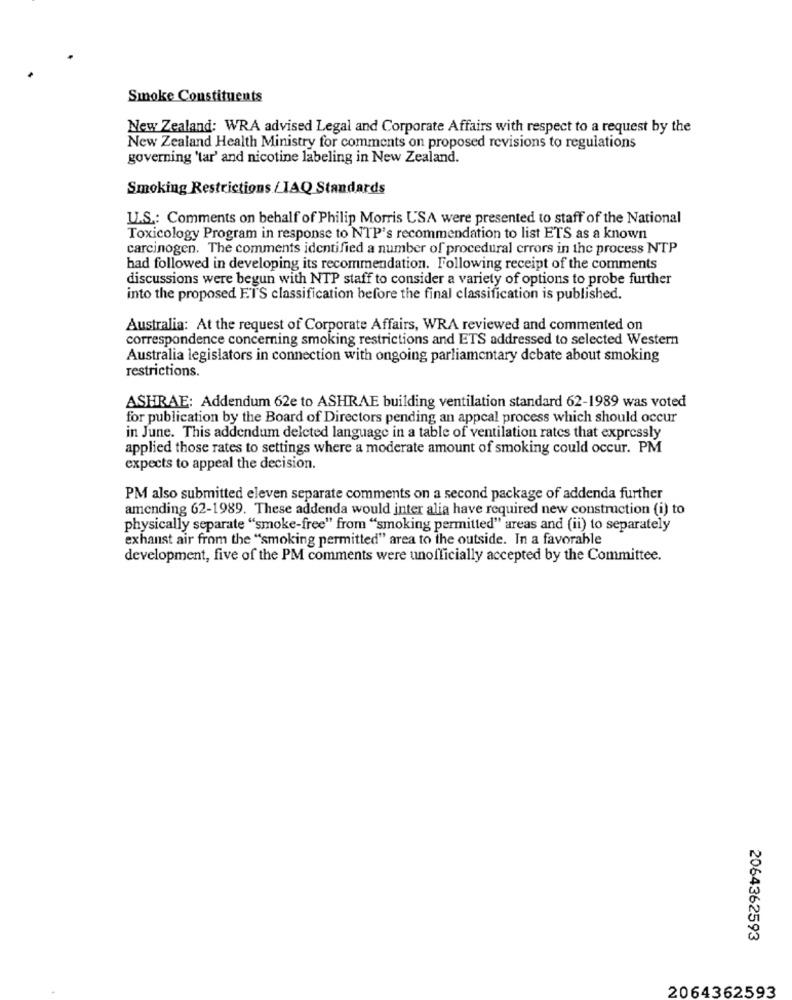
Smoke Constituents
New Zealand: WRA advised Legal and Corporate Affairs with respect to a request by the
New Zealand Health Ministry for comments on proposed revisions to regulations
governing 'tar' and nicotine labeling in New Zealand.
Smoking Restrictions /IAQ Standards
IL.S .: Comments on behalf of Philip Morris USA were presented to staff of the National
Toxicology Program in response to NTP's recommendation to list ETS as a known
carcinogen. The comments identified a number of procedural errors in the process NTP
had followed in developing its recommendation. Following receipt of the comments
discussions were begun with NTP staff to consider a variety of options to probe further
into the proposed ETS classification before the final classification is published.
Australia: At the request of Corporate Affairs, WRA reviewed and commented on
correspondence concerning smoking restrictions and ETS addressed to selected Western
Australia legislators in connection with ongoing parliamentary debate about smoking
restrictions.
ASHRAE: Addendum 62e to ASHRAE building ventilation standard 62-1989 was voted
for publication by the Board of Directors pending an appcal process which should occur
in June. This addendum deleted language in a table of ventilation rates that expressly
applied those rates to settings where a moderate amount of smoking could occur. PM
expects to appeal the decision.
PM also submitted eleven separate comments on a second package of addenda further
amending 62-1989. These addenda would inter alia have required new construction (i) to
physically separate "smoke-free" from "smoking permitted" areas and (ii) to separately
exhaust air from the "smoking permitted" area to the outside. In a favorable
development, five of the PM comments were unofficially accepted by the Committee.
2064362593
2064362593